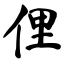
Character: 俚